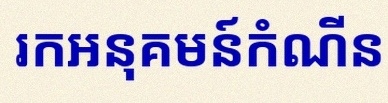
រកអនុគមន៍កំណើន